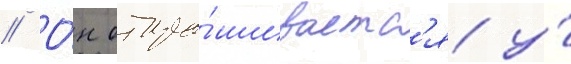
// О́н отпра́шиваетс'я у́